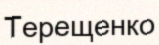
Терещенко